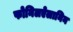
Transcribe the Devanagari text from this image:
फोनिलऐलानिन